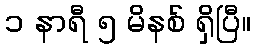
၁ နာရီ ၅ မိနစ် ရှိပြီ။